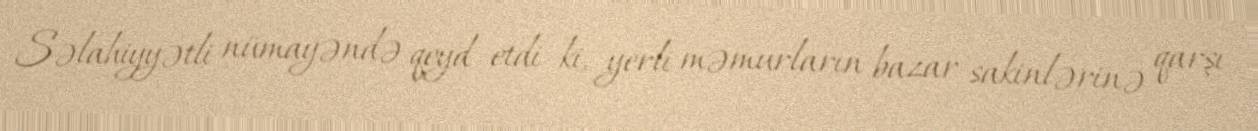
Səlahiyyətli nümayəndə qeyd etdi ki, yerli məmurların bazar sakinlərinə qarşı